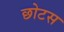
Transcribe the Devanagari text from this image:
छोटस